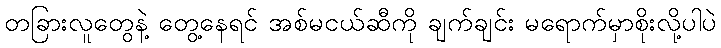
တခြားလူတွေနဲ့ တွေ့နေရင် အစ်မငယ်ဆီကို ချက်ချင်း မရောက်မှာစိုးလို့ပါပဲ